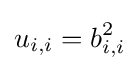
u_{i,i}=b_{i,i}^{2}